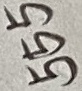
Text: 555